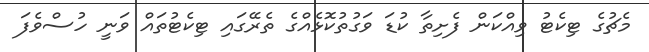
މެޗުގެ ޓިކެޓު ވިއްކަން ފެށިތާ ކުޑަ ވަގުތުކޮޅެއްގެ ތެރޭގައި ޓިކެޓުތައް ވަނީ ހުސްވެފަ